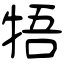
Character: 牾